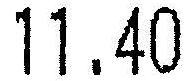
11.40